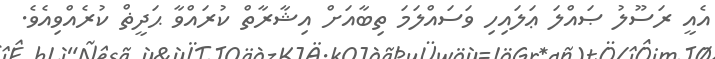
އެއީ ރަސޫލު ޞައްލަ ޢަލައިހި ވަސައްލަމަ ތިބާއަށް އިޝާރާތް ކުރައްވާ ޙަދީޡް ކުރެއްވިއެވެ.